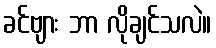
ခင်ဗျား ဘာ လိုချင်သလဲ။